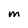
Character: m